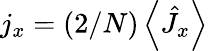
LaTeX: j_{x}=(2/N)\left\langle\hat{J}_{x}\right\rangle